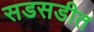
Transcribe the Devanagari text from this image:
सडसडीत